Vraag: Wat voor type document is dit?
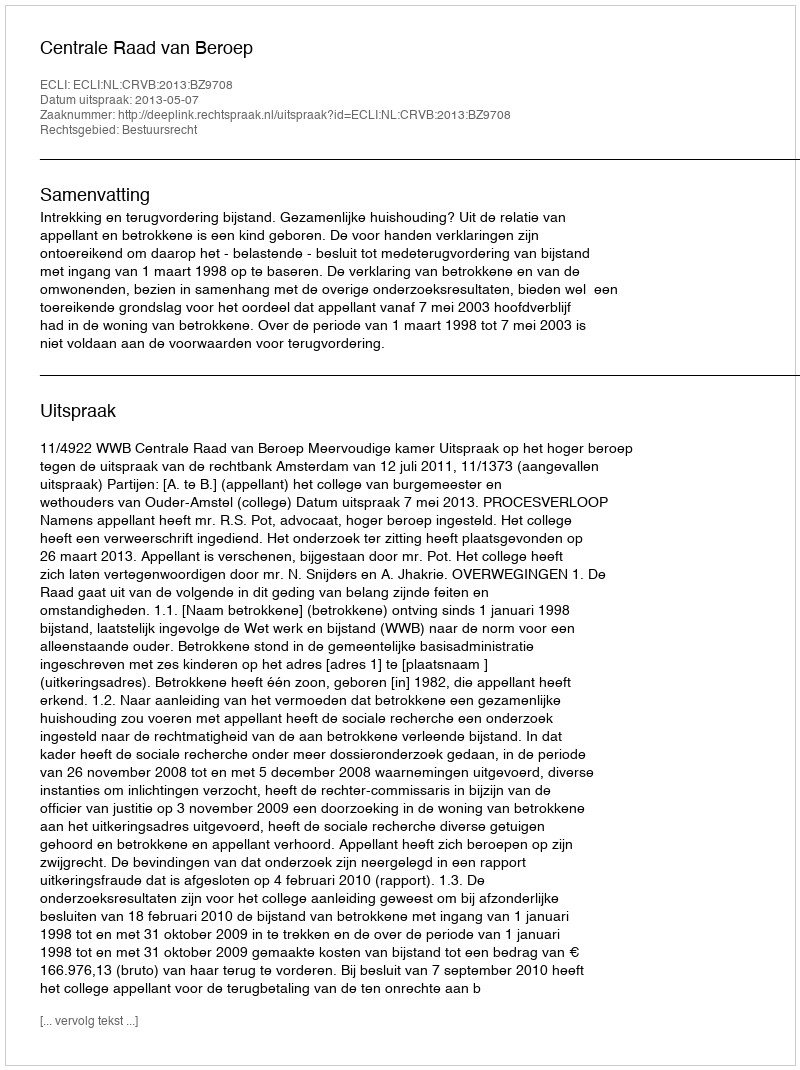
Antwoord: Uitspraak